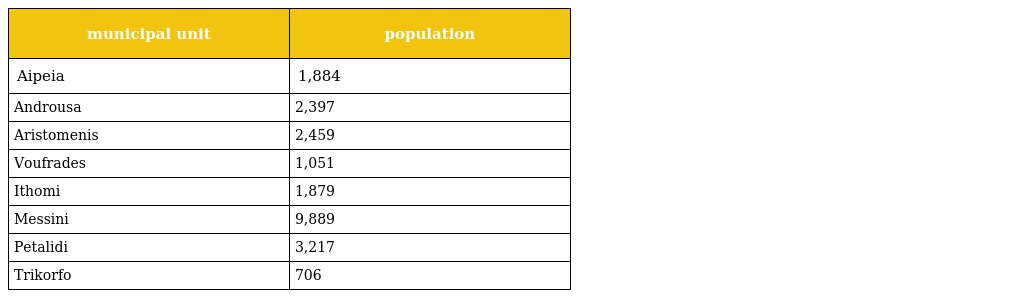
| municipal unit | population |
 | --- | --- |
 | Aipeia | 1,884 |
 | Androusa | 2,397 |
 | Aristomenis | 2,459 |
 | Voufrades | 1,051 |
 | Ithomi | 1,879 |
 | Messini | 9,889 |
 | Petalidi | 3,217 |
 | Trikorfo | 706 |